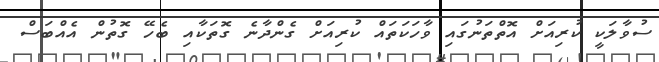
ސުވާލަކީ ކުރިއަށް އޮތްތަނުގައި ވާހަކަތައް ކުރިއަށް ގެންދާނެ ގޮތަކާއި ބެހޭ ގޮތުން އެއްބަސް